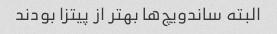
البته ساندویچ‌ها بهتر از پیتزا بودند